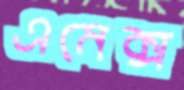
এমেক্স